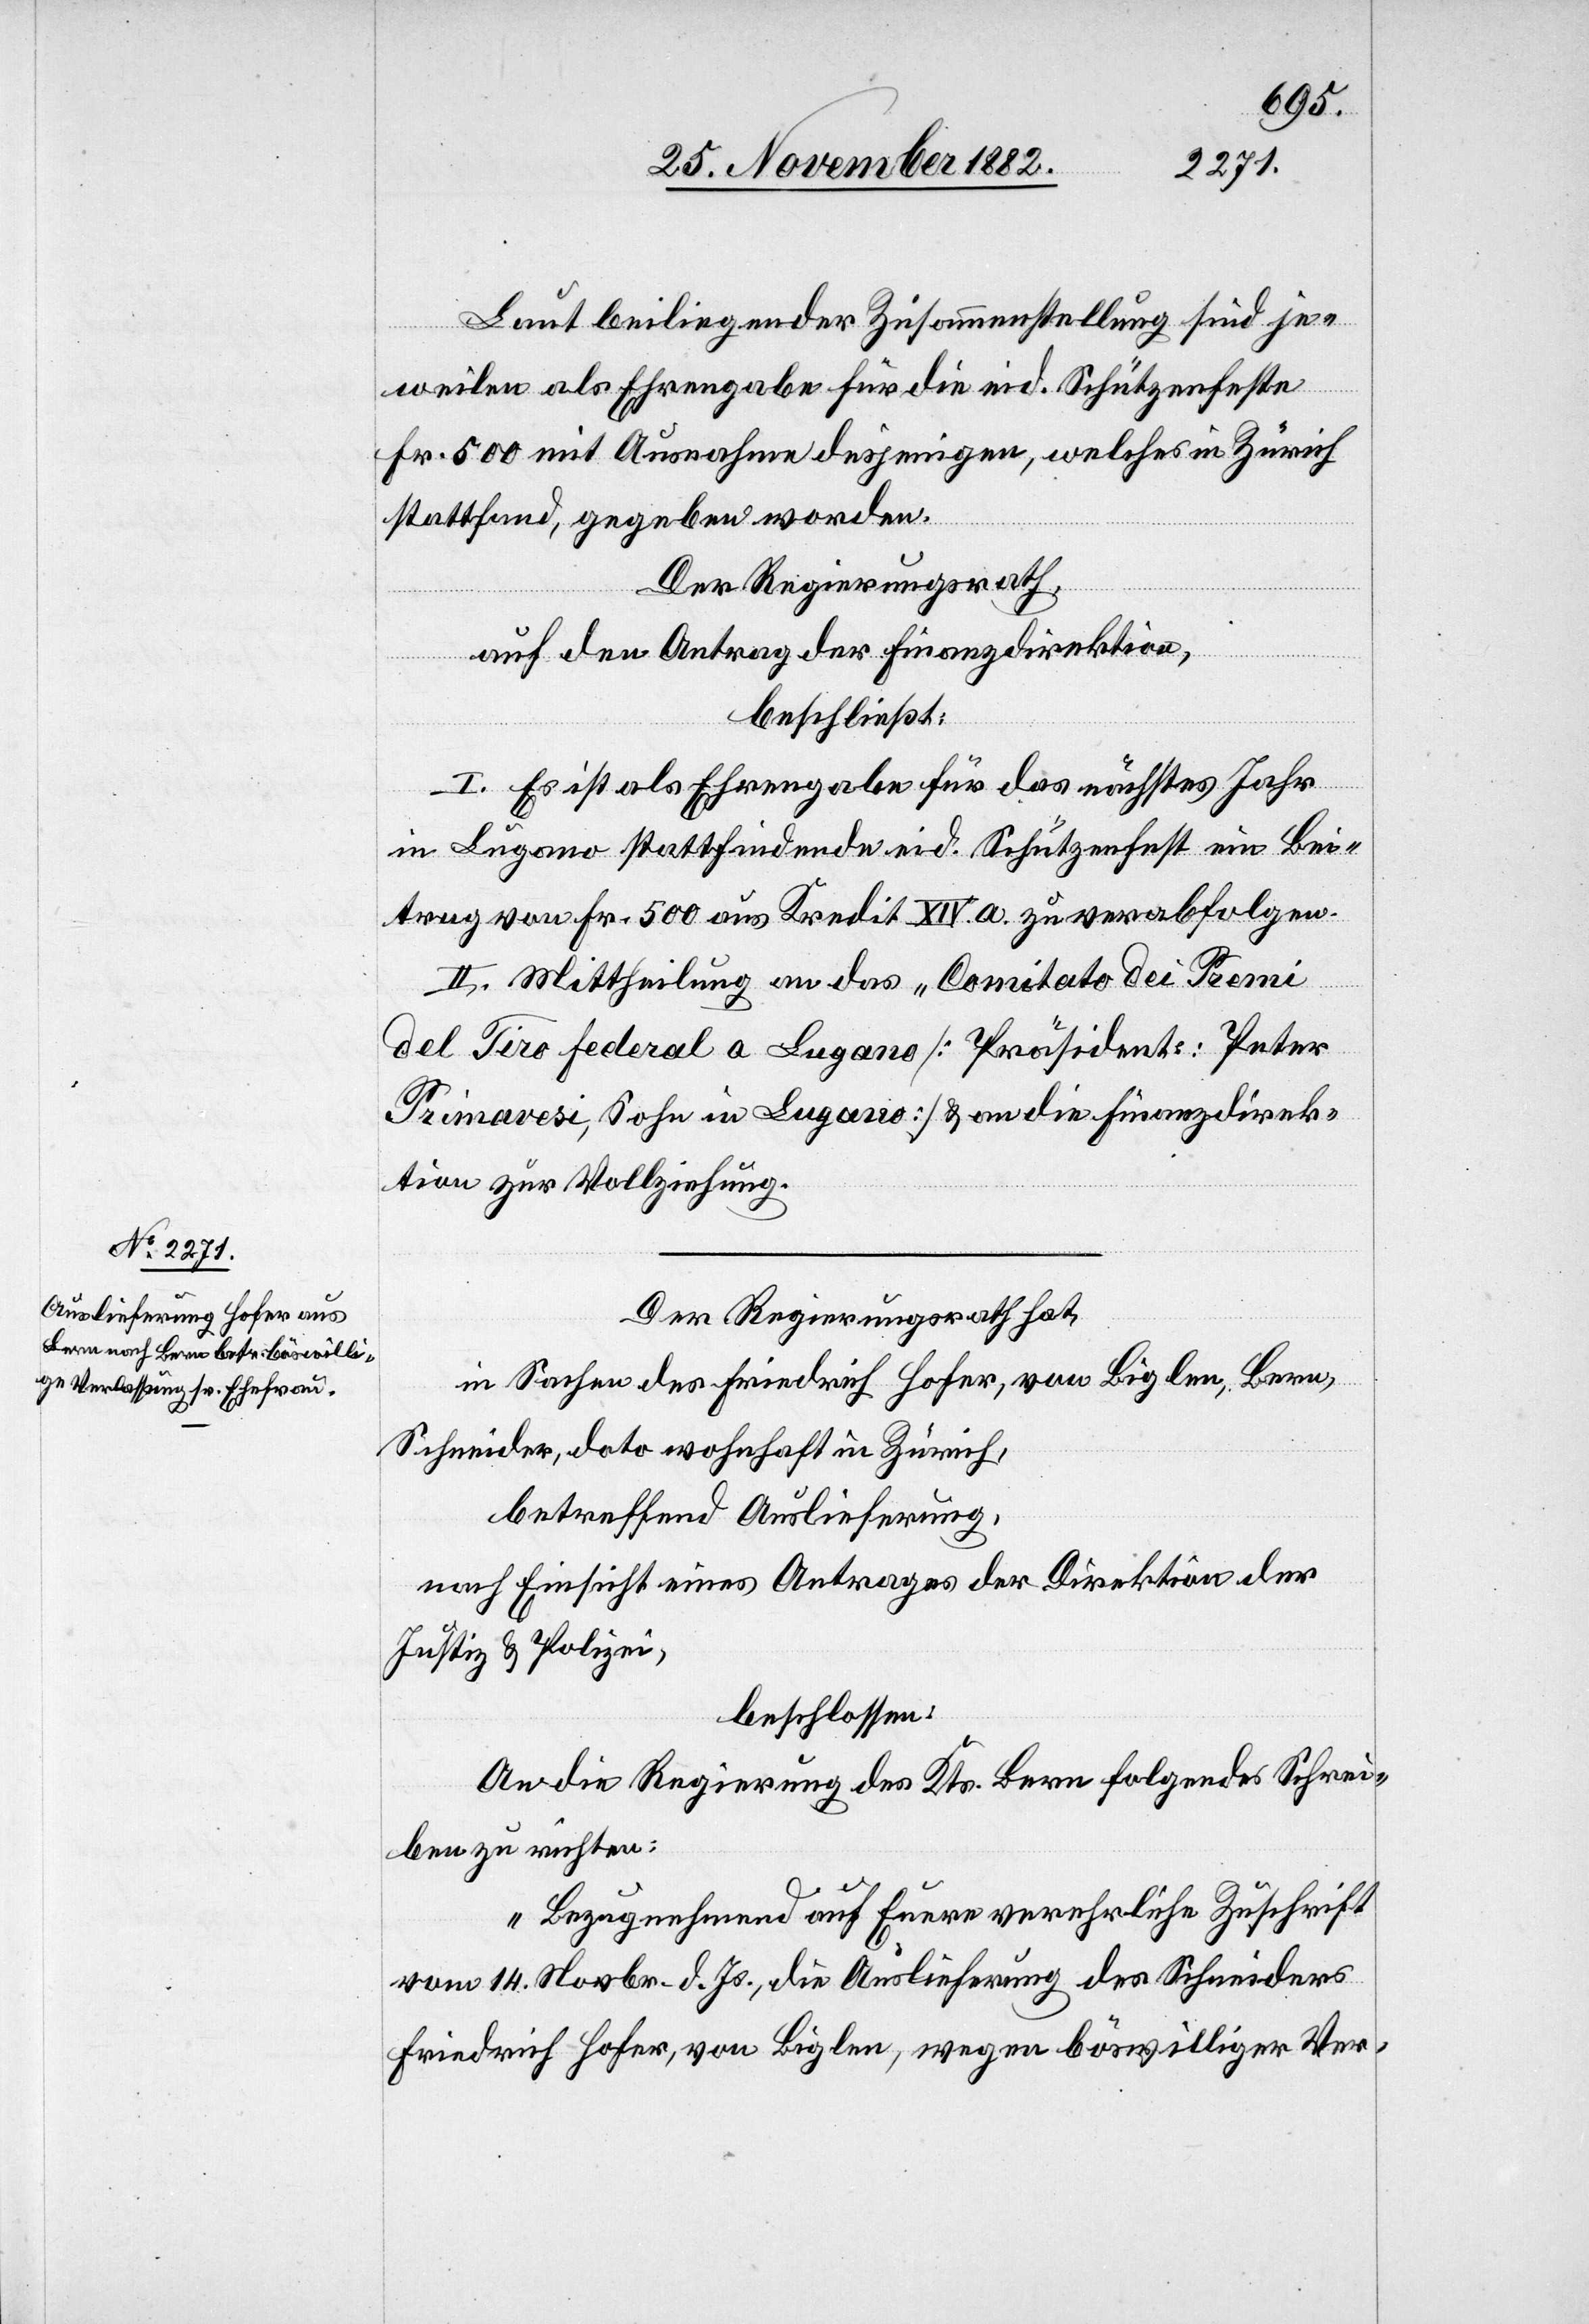
Laut beiliegender Zusammenstellung sind je¬
weilen als Ehrengabe für die eid. Schützenfeste
Fr. 500 mit Ausnahme desjenigen, welches in Zürich
stattfand, gegeben worden.
Der Regierungsrath,
auf den Antrag der Finanzdirektion,
beschließt:
I. Es ist als Ehrengabe für das nächstes Jahr
in Lugano stattfindende eid. Schützenfest ein Bei¬
trag von Fr. 500 aus Kredit XIV. a. zu verabfolgen.
II. Mittheilung an das „Comitato dei Premi
del Tiro federal a Lugano“ [Präsident: Peter
Primavesi, Sohn in Lugano] & an die Finanzdirek¬
tion zur Vollziehung.
Der Regierungsrath hat,
in Sachen des Friedrich Hofer, von Biglen, Bern,
Schneider, dato wohnhaft in Zürich,
betreffend Auslieferung,
nach Einsicht eines Antrages der Direktion der
Justiz & Polizei,
beschlossen:
An die Regierung des Kts. Bern folgendes Schrei¬
ben zu richten:
„Bezugnehmend auf Euere verehrliche Zuschrift
vom 14. Novbr. d. Js., die Auslieferung des Schneiders
Friedrich Hofer, von Biglen, wegen böswilliger Ver-